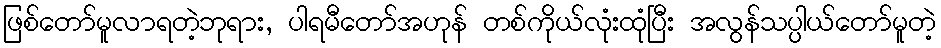
ဖြစ်တော်မူလာရတဲ့ဘုရား, ပါရမီတော်အဟုန် တစ်ကိုယ်လုံးထုံပြီး အလွန်သပ္ပါယ်တော်မူတဲ့